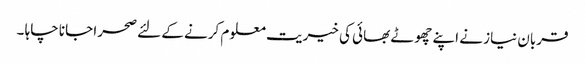
قربان نیاز نے اپنے چھوٹے بھائی کی خیریت معلوم کرنے کے لئے صحرا جانا چاہا ۔